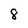
Character: 8